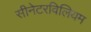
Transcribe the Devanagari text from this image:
सीनेटरविलियम